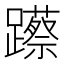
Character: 𮜨